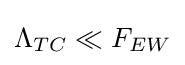
\Lambda _{TC}\ll F_{EW}